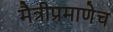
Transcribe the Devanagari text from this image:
मैत्रीप्रमाणेच